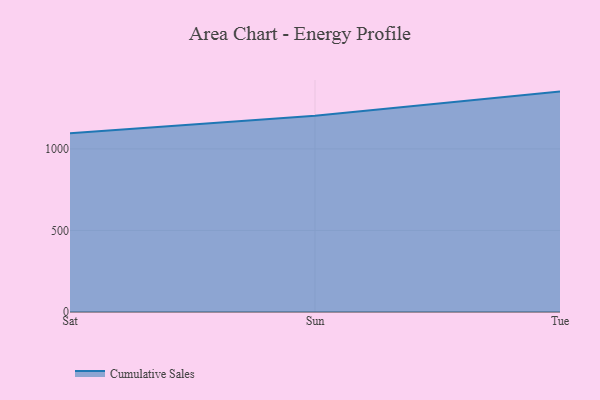
{"axis": {"x": "Day", "y": "Customer Acquisition Cost (USD)"}, "legend": ["Cumulative Sales"], "data": [{"x": "Sat", "y": 1096.2, "type": "Cumulative Sales"}, {"x": "Sun", "y": 1202.7, "type": "Cumulative Sales"}, {"x": "Tue", "y": 1351.2, "type": "Cumulative Sales"}]}